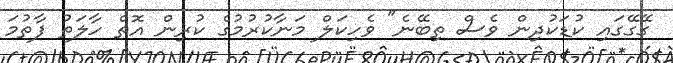
ގޭގޭގައި ކުޑަކުދިން ވެސް ތިބޭނެ" ވެހިކަލް މަނާކުރުމުގެ ކުރިން އޮތް ހާލަތު ފާތުމަ